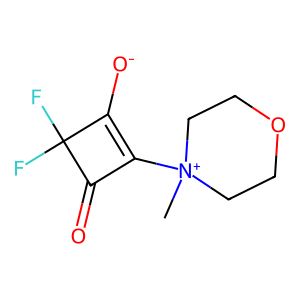
SMILES: C[N+]1(C2=C([O-])C(F)(F)C2=O)CCOCC1
Inhibits HIV replication: No